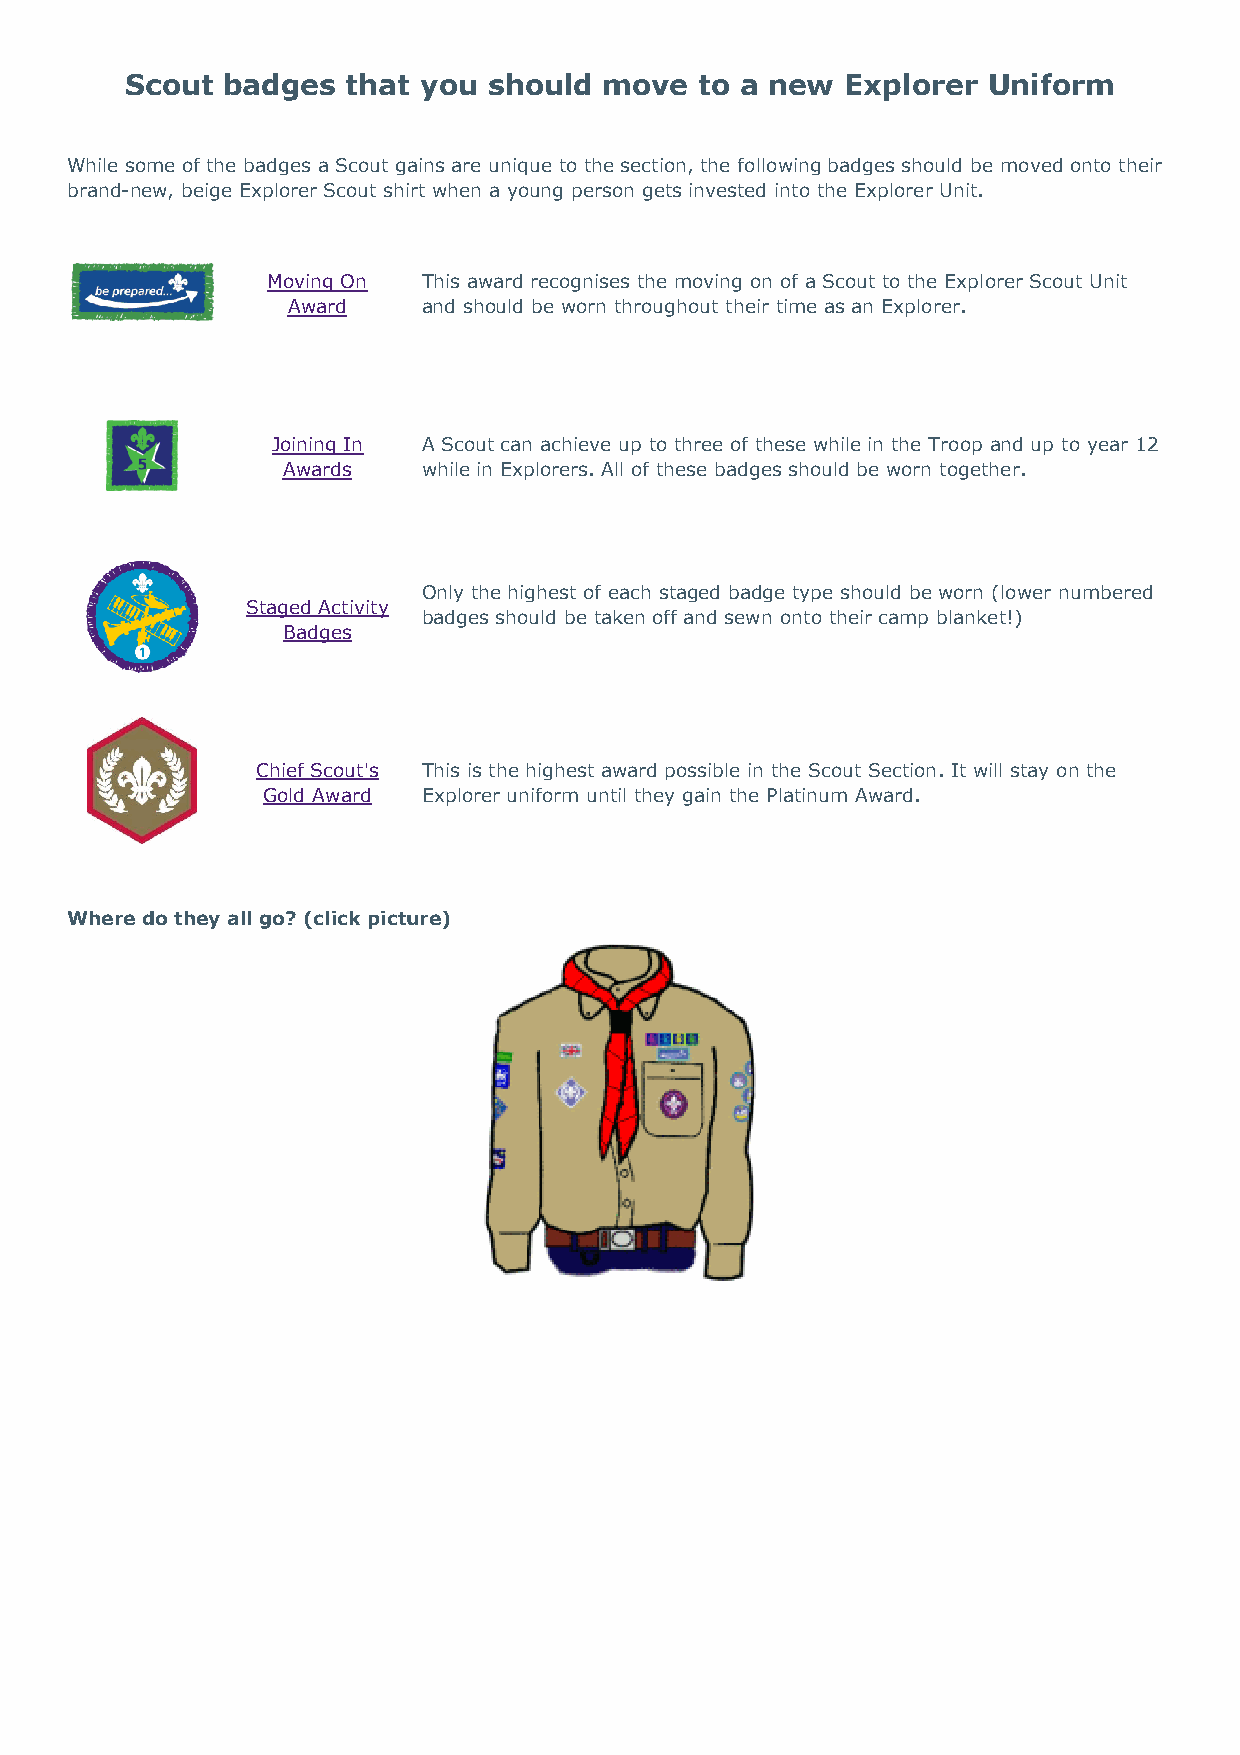
Scout  badges  that you should  move  to a new  Explorer Uniform
 While some of the badges a Scout gains are unique to the section, the following badges should be moved onto their
 brand-new, beige Explorer Scout shirt when a young person gets invested into the Explorer Unit.
 Moving On This award recognises the moving on of a Scout to the Explorer Scout Unit
 Award    and should be worn throughout their time as an Explorer.
 Joining In A Scout can achieve up to three of these while in the Troop and up to year 12
 Awards   while in Explorers. All of these badges should be worn together.
 Only the highest of each staged badge type should be worn (lower numbered
 Staged Activity
 badges should be taken off and sewn onto their camp blanket!)
 Badges
 Chief Scout's This is the highest award possible in the Scout Section. It will stay on the
 Gold Award Explorer uniform until they gain the Platinum Award.
 Where do they all go? (click picture)